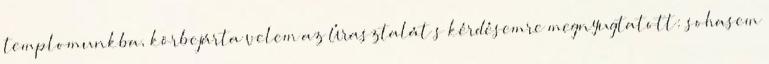
templomunkba, körbejárta velem az Úrasztalát s kérdésemre megnyugtatott: sohasem